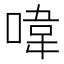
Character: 喡